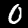
Label: 0